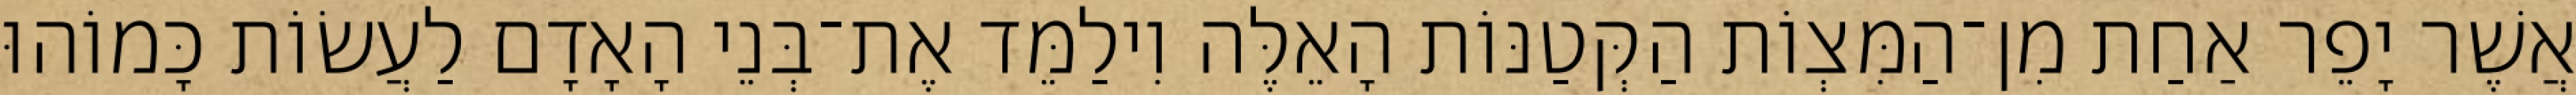
אֲשֶׁר יָפֵר אַחַת מִן־הַמִּצְוֹת הַקְּטַנּוֹת הָאֵלֶּה וִילַמֵּד אֶת־בְּנֵי הָאָדָם לַעֲשׂוֹת כָּמוֹהוּ